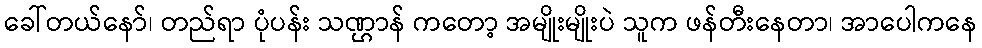
ခေါ်တယ်နော်၊ တည်ရာ ပုံပန်း သဏ္ဌာန် ကတော့ အမျိုးမျိုးပဲ သူက ဖန်တီးနေတာ၊ အာပေါကနေ